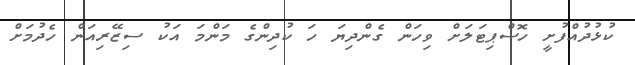
ކުޅުދުއްފުށީ ހޮސްޕިޓަލަށް ވިހަން ގެންދިޔަ ހަ ކުދިންގެ މަންމަ އަކު ސިޒޭރިއަން ހެދުމަށް